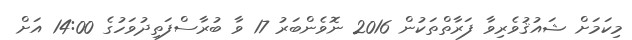
މިކަމަށް ޝައުޤުވެރިވާ ފަރާތްތަކުން 2016 ނޮވެންބަރު 17 ވާ ބުރާސްފަތިދުވަހުގެ 14:00 އަށް